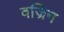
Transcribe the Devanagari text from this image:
वज्रिन